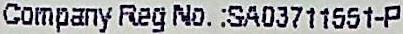
COMPANY REG NO. :SA03711551-P